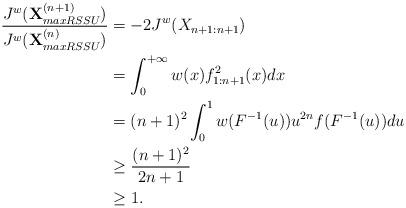
LaTeX: \begin{align*}\frac{J^w(\textbf{X}_{maxRSSU}^{(n+1)})}{J^w(\textbf{X}_{maxRSSU}^{(n)})}&=-2J^w(X_{n+1:n+1})\\&=\int_{0}^{+\infty} w(x) f^2_{1:n+1}(x)dx \\&= (n+1)^2 \int_{0}^{1} w(F^{-1}(u)) u^{2n} f(F^{-1}(u))du \\& \geq \frac{(n+1)^2}{2n+1} \\& \geq 1.\end{align*}